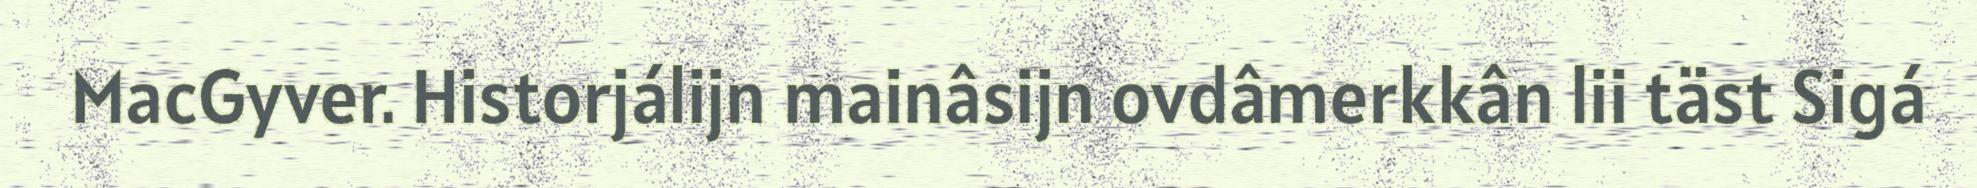
MacGyver. Historjálijn mainâsijn ovdâmerkkân lii täst Sigá